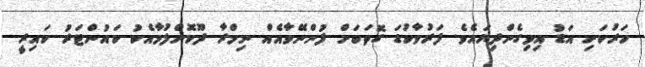
ހަރުކަށި އަޑު އިވިގެންދިޔައެވެ. ފަރުވާކުޑަ ގޮތަކަށް ފުންނޭވާއެއް ނިމްރާ ދޫކޮށްލުމާއެކު ކައުންޓަރު ކައިރީ